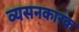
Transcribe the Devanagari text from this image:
व्यसनकारक